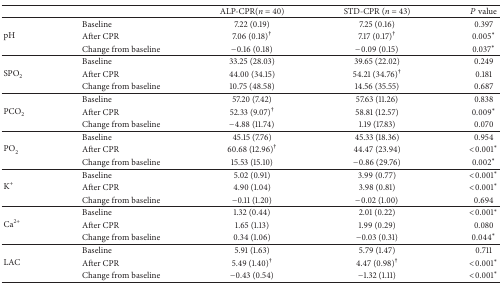
<table><thead><tr><td></td><td><b> </b></td><td><b>ALP-CPR(<i>n</i> = 40)</b></td><td><b>STD-CPR (<i>n</i> = 43)</b></td><td><b><i>P</i> value</b></td></tr></thead><tbody><tr><td rowspan="3">pH</td><td>Baseline</td><td>7.22 (0.19)</td><td>7.25 (0.16)</td><td>0.397</td></tr><tr><td>After CPR</td><td>7.06 (0.18)<sup>†</sup></td><td>7.17 (0.17)<sup>†</sup></td><td>0.005<sup><i>∗</i></sup></td></tr><tr><td>Change from baseline</td><td>−0.16 (0.18)</td><td>−0.09 (0.15)</td><td>0.037<sup><i>∗</i></sup></td></tr><tr><td rowspan="3">SPO<sub>2</sub></td><td>Baseline</td><td>33.25 (28.03)</td><td>39.65 (22.02)</td><td>0.249</td></tr><tr><td>After CPR</td><td>44.00 (34.15)</td><td>54.21 (34.76)<sup>†</sup></td><td>0.181</td></tr><tr><td>Change from baseline</td><td>10.75 (48.58)</td><td>14.56 (35.55)</td><td>0.687</td></tr><tr><td rowspan="3">PCO<sub>2</sub></td><td>Baseline</td><td>57.20 (7.42)</td><td>57.63 (11.26)</td><td>0.838</td></tr><tr><td>After CPR</td><td>52.33 (9.07)<sup>†</sup></td><td>58.81 (12.57)</td><td>0.009<sup><i>∗</i></sup></td></tr><tr><td>Change from baseline</td><td>−4.88 (11.74)</td><td>1.19 (17.83)</td><td>0.070</td></tr><tr><td rowspan="3">PO<sub>2</sub></td><td>Baseline</td><td>45.15 (7.76)</td><td>45.33 (18.36)</td><td>0.954</td></tr><tr><td>After CPR</td><td>60.68 (12.96)<sup>†</sup></td><td>44.47 (23.94)</td><td>&lt;0.001<sup><i>∗</i></sup></td></tr><tr><td>Change from baseline</td><td>15.53 (15.10)</td><td>−0.86 (29.76)</td><td>0.002<sup><i>∗</i></sup></td></tr><tr><td rowspan="3">K<sup>+</sup></td><td>Baseline</td><td>5.02 (0.91)</td><td>3.99 (0.77)</td><td>&lt;0.001<sup><i>∗</i></sup></td></tr><tr><td>After CPR</td><td>4.90 (1.04)</td><td>3.98 (0.81)</td><td>&lt;0.001<sup><i>∗</i></sup></td></tr><tr><td>Change from baseline</td><td>−0.11 (1.20)</td><td>−0.02 (1.00)</td><td>0.694</td></tr><tr><td rowspan="3">Ca<sup>2+</sup></td><td>Baseline</td><td>1.32 (0.44)</td><td>2.01 (0.22)</td><td>&lt;0.001<sup><i>∗</i></sup></td></tr><tr><td>After CPR</td><td>1.65 (1.13)</td><td>1.99 (0.29)</td><td>0.080</td></tr><tr><td>Change from baseline</td><td>0.34 (1.06)</td><td>−0.03 (0.31)</td><td>0.044<sup><i>∗</i></sup></td></tr><tr><td rowspan="3">LAC</td><td>Baseline</td><td>5.91 (1.63)</td><td>5.79 (1.47)</td><td>0.711</td></tr><tr><td>After CPR</td><td>5.49 (1.40)<sup>†</sup></td><td>4.47 (0.98)<sup>†</sup></td><td>&lt;0.001<sup><i>∗</i></sup></td></tr><tr><td>Change from baseline</td><td>−0.43 (0.54)</td><td>−1.32 (1.11)</td><td>&lt;0.001<sup><i>∗</i></sup></td></tr></tbody></table>